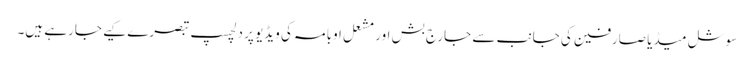
سوشل میڈیا صارفین کی جانب سے جارج بش اور مشعل اوبامہ کی ویڈیو پر دلچسپ تبصرے کیے جارہے ہیں۔